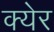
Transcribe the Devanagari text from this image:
क्येर